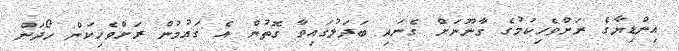
އިންޑިޔާގެ ރަށްވެހިކަމުގެ ގާނޫނަށް ގެނައި ބަދަލުގައިވާ ގޮތުން އެ ގައުމުން ރަށްވެހިކަން ހޯދަން